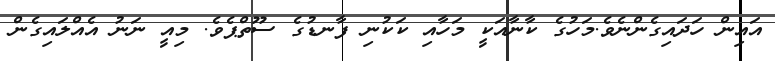
އައިން ހަދައިގެންނެވެ.މަހުގެ ކާނާއަކީ މަހާއި ކަކުނި ފާނޑުގެ ސޫތްޕެވެ. މިއީ ނަނު އެއްލައިގެން